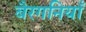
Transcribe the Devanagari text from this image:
बैरगनियाँ